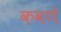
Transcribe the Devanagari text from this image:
कवणे